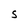
Character: S